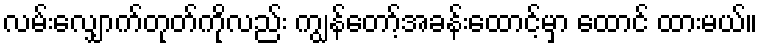
လမ်းလျှောက်တုတ်ကိုလည်း ကျွန်တော့်အခန်းထောင့်မှာ ထောင် ထားမယ်။